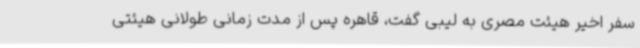
سفر اخیر هیئت مصری به لیبی گفت، قاهره پس از مدت زمانی طولانی هیئتی